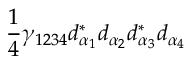
\frac { 1 } { 4 } \gamma _ { 1 2 3 4 } d _ { \alpha _ { 1 } } ^ { * } d _ { \alpha _ { 2 } } d _ { \alpha _ { 3 } } ^ { * } d _ { \alpha _ { 4 } }